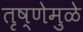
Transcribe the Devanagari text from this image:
तृष्णेमुळे